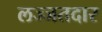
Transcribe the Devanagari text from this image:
लज्जतदार